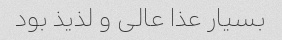
بسیار عذا عالى و لذیذ بود